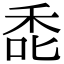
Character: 𮂻